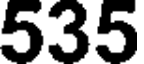
535